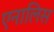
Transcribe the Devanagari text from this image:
एनालिस